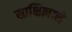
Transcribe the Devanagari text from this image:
साक्षित्वाने